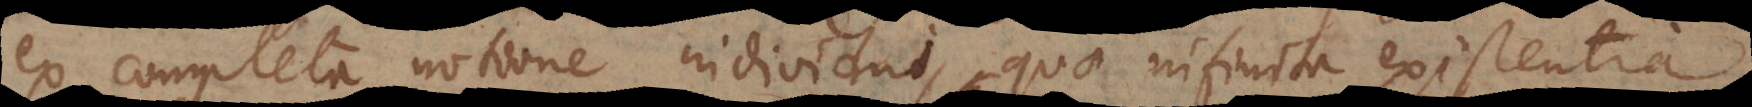
ex completa notione individui, quae infinita existentia